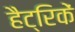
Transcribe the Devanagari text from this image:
हैट्रिकें